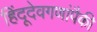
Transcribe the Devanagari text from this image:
हिंदूदेवगणांपैकी